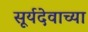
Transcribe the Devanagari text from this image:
सूर्यदेवाच्या